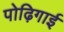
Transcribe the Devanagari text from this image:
पोढ़िगाई